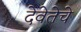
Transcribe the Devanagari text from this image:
देवेतेचे